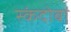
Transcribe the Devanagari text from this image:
स्कंदोबा